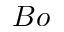
B o